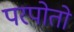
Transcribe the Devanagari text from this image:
परपोतो